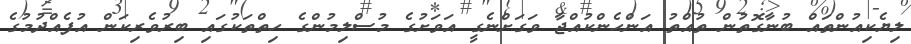
ލިޔެކިއުންތައް ބުނާގޮތުން ތުއްތު އަންހެންކުއްޖާ ވަގަށްނެގީ އަވަށުގެ މުސްލިމުންގެ ހިތްތަކުގައި ބިރުވެރިކަން އުފެއްދުމުގެ